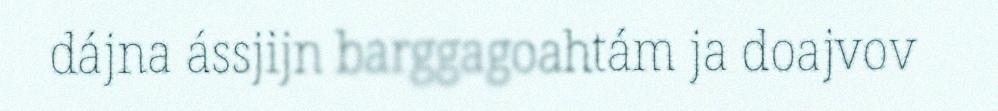
dájna ássjijn barggagoahtám ja doajvov